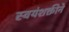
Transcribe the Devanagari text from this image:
स्वयंशक्तीने